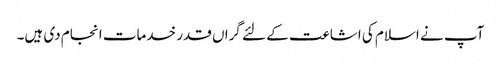
آپ نے اسلام کی اشاعت کے لئے گراں قدر خدمات انجام دی ہیں۔